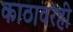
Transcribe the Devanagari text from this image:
काठावरही